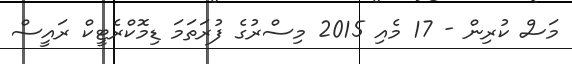
މަސް ކުރިން - 17 މެއި 2015 މިސްރުގެ ފުރަތަމަ ޑިމޮކްރެޓީކް ރައީސް